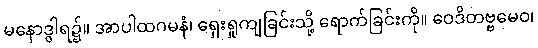
မနောဒွါရ၌။ အာပါထဂမနံ၊ ရှေးရှုကျခြင်းသို့ ရောက်ခြင်းကို။ ဝေဒိတဗ္ဗမေဝ၊